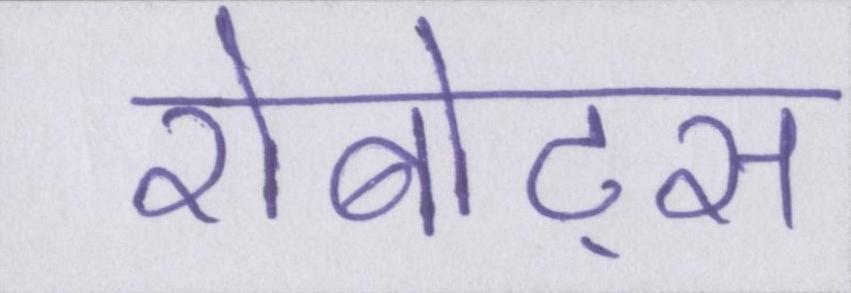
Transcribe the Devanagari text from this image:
रोबोट्स